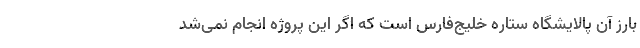
بارز آن پالایشگاه ستاره خلیج‌فارس است که اگر این پروژه انجام نمی‌شد